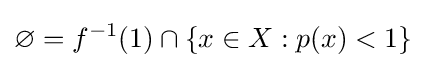
\varnothing =f^{-1}(1)\cap \{x\in X:p(x)<1\}